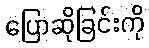
ပြောဆိုခြင်းကို